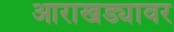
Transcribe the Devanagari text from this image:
आराखड्यावर